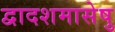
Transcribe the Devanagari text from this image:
द्वादशमासेषु